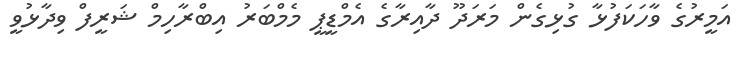
އަމީރުގެ ވާހަކަފުޅާ ގުޅިގެން މަރަދޫ ދާއިރާގެ އެމްޑީޕީ މެމްބަރު އިބްރާހިމް ޝަރީފް ވިދާޅުވީ